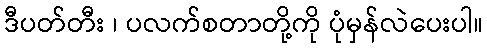
ဒီပတ်တီး ၊ ပလက်စတာတို့ကို ပုံမှန်လဲပေးပါ။